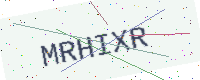
Text: MRHIXR